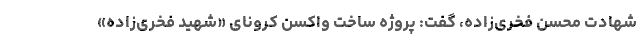
شهادت محسن فخری‌زاده، گفت: پروژه ساخت واکسن کرونای «شهید فخری‌زاده»